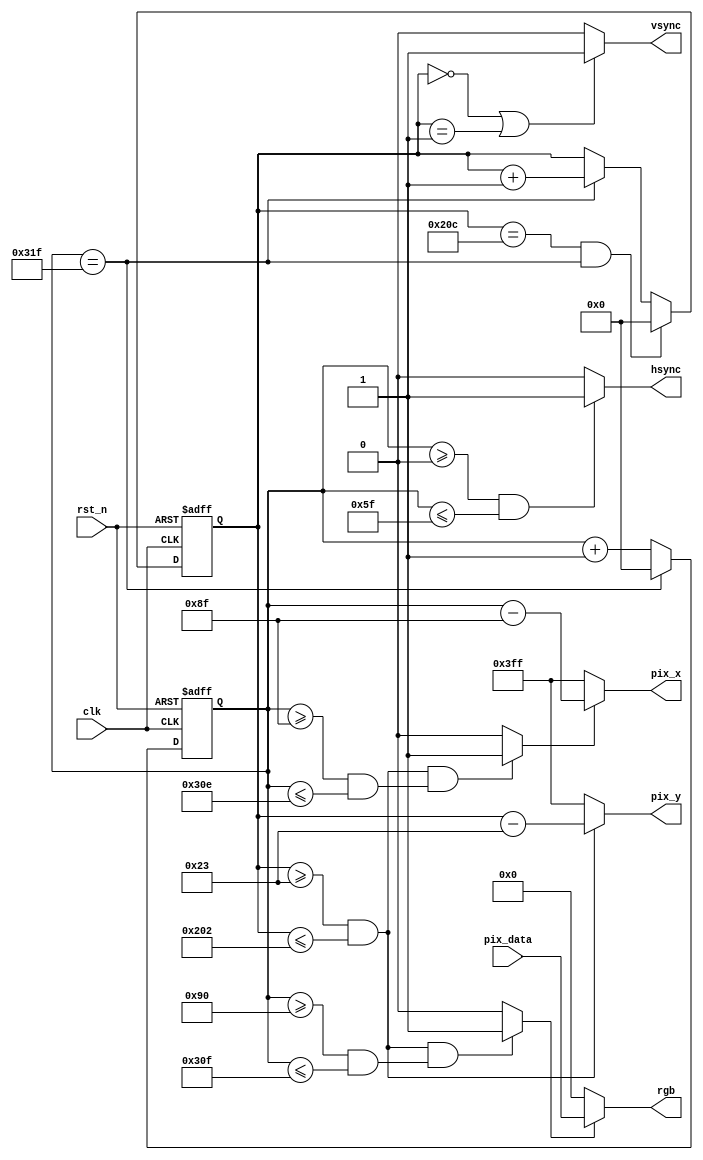
module VGA_Time (
	input clk,
	input rst_n,
	input [15:0] pix_data,
	output [9:0] pix_x,
	output [9:0] pix_y,
	output hsync,
	output vsync,
	output [15:0] rgb 
);

	parameter cnt_h_max = 10'd799;
	parameter cnt_v_max = 10'd524;

	reg [9:0] cnt_h;	//
	reg [9:0] cnt_v;	//
	wire data_req;		//pix_xpix_y
	wire rgb_valid;		//

	/*Intermediate variable cnt_h*/
	always @(posedge clk or negedge rst_n) begin
		if(~rst_n) begin
			cnt_h <= 10'd0;
		end else if(cnt_h == cnt_h_max) begin
			cnt_h <= 10'd0;
		end else begin
			cnt_h <= cnt_h + 10'd1;
		end
	end

	/*Intermediate variable cnt_v*/
	always @(posedge clk or negedge rst_n) begin
		if(~rst_n) begin
			cnt_v <= 10'd0;
		end else if(cnt_v == cnt_v_max && cnt_h == cnt_h_max) begin
			cnt_v <= 10'd0;
		end else if(cnt_h == cnt_h_max) begin
			cnt_v <= cnt_v + 10'd1;
		end else begin
			cnt_v <= cnt_v;
		end
	end

	/*data_reqpix_xpix_y*/
	assign data_req = ((cnt_v >= 10'd35 && cnt_v <= 10'd514) && (cnt_h >= 10'd143 && cnt_h <= 10'd782)) ? 1'd1 : 1'd0;

	/*rgb_validrgb*/
	assign rgb_valid = ((cnt_v >= 10'd35 && cnt_v <= 10'd514) && (cnt_h >= 10'd144 && cnt_h <= 10'd783)) ? 1'd1 : 1'd0;

	/*output pix_x*/
	assign pix_x = (data_req) ? (cnt_h - 10'd143) : 10'h3ff;

	/*output pix_y*/
	assign pix_y = (cnt_v >= 10'd35 && cnt_v <= 514) ? (cnt_v - 10'd35) : 10'h3ff;

	/*output hsync*/
	assign hsync = (cnt_h >= 10'd0 && cnt_h <= 10'd95) ? 1'd1 : 1'd0;

	/*output vsync*/
	assign vsync = (cnt_v == 10'd0 || cnt_v == 10'd1) ? 1'd1 : 1'd0;

	/*output rgb*/
	assign rgb = (rgb_valid) ? pix_data : 16'd0;

endmodule